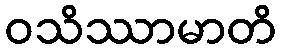
ဝသိဿာမာတိ